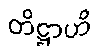
တိဋ္ဌာဟိ